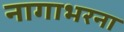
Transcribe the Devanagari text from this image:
नागाभरना